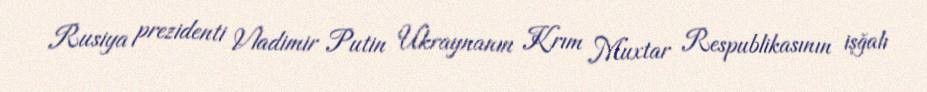
Rusiya prezidenti Vladimir Putin Ukraynanın Krım Muxtar Respublikasının işğalı